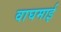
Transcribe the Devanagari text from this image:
वाघमाई